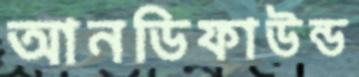
আনডিফাউন্ড